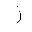
Letter: _zay